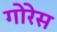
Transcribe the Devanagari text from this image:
गोरेस